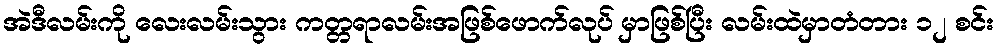
အဲဒီလမ်းကို လေးလမ်းသွား ကတ္တရာလမ်းအဖြစ်ဖောက်လုပ် မှာဖြစ်ပြီး လမ်းထဲမှာတံတား ၁၂ စင်း